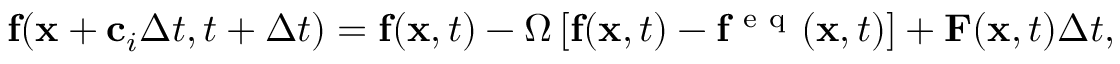
\mathbf { f } ( \mathbf { x } + \mathbf { c } _ { i } \Delta t , t + \Delta t ) = \mathbf { f } ( \mathbf { x } , t ) - \Omega \left[ \mathbf { f } ( \mathbf { x } , t ) - \mathbf { f } ^ { \mathrm { ~ e ~ q ~ } } ( \mathbf { x } , t ) \right] + \mathbf { F } ( \mathbf { x } , t ) \Delta t ,